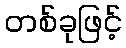
တစ်ခုဖြင့်